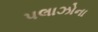
પલાઝોના